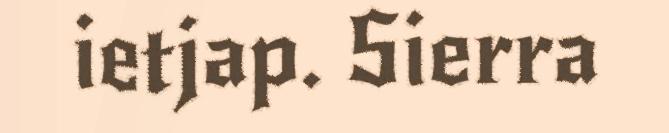
ietjap. Sierra